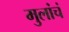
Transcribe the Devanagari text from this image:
मुलांचं